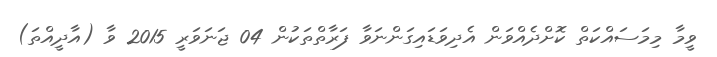
ވީމާ މިމަސައްކަތް ކޮށްދެއްވަން އެދިވަޑައިގަންނަވާ ފަރާތްތަކުން 04 ޖަނަވަރީ 2015 ވާ (އާދީއްތަ)